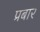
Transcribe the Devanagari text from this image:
प्रबार